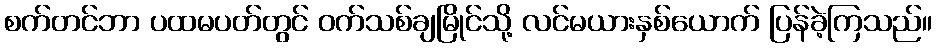
စက်တင်ဘာ ပထမပတ်တွင် ဝက်သစ်ချမြိုင်သို့ လင်မယားနှစ်ယောက် ပြန်ခဲ့ကြသည်။